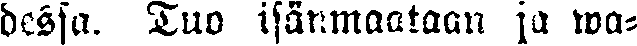
dessa. Tuo isänmaataan ja wa-